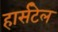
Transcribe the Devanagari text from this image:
हार्सटेल